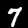
Digit: 7